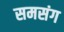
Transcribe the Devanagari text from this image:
समसंग